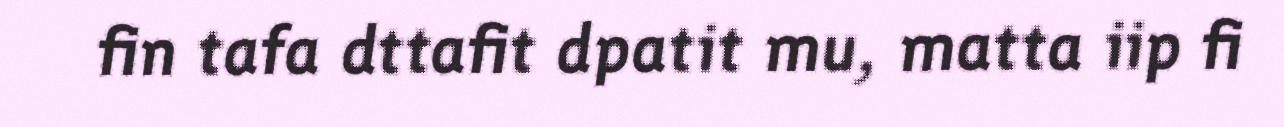
fin tafa dttafit dpatit mu, matta iip fi